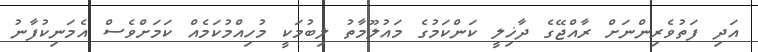
އަދި ފަތުވެރިންނަށް ރާއްޖޭގެ ދާޚިލީ ކަންކަމުގެ މައުލޫމާތު ލިބުމަކީ މުހިއްމުކަމެއް ކަމަށްވެސް އެމަނިކުފާނު